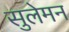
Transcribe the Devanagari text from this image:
सुलेमन